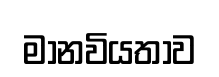
මානවියතාව